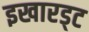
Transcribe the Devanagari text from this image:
इखारड्ट